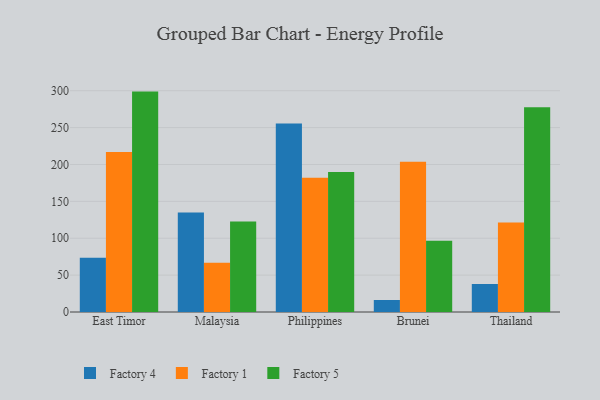
{"axis": {"x": "Country", "y": "Population (Million)"}, "legend": ["Factory 1", "Factory 4", "Factory 5"], "data": [{"x": "East Timor", "y": 73.7, "type": "Factory 4"}, {"x": "East Timor", "y": 216.8, "type": "Factory 1"}, {"x": "East Timor", "y": 298.8, "type": "Factory 5"}, {"x": "Malaysia", "y": 134.8, "type": "Factory 4"}, {"x": "Malaysia", "y": 66.7, "type": "Factory 1"}, {"x": "Malaysia", "y": 122.6, "type": "Factory 5"}, {"x": "Philippines", "y": 255.4, "type": "Factory 4"}, {"x": "Philippines", "y": 182.1, "type": "Factory 1"}, {"x": "Philippines", "y": 189.8, "type": "Factory 5"}, {"x": "Brunei", "y": 16.3, "type": "Factory 4"}, {"x": "Brunei", "y": 203.7, "type": "Factory 1"}, {"x": "Brunei", "y": 96.6, "type": "Factory 5"}, {"x": "Thailand", "y": 38.0, "type": "Factory 4"}, {"x": "Thailand", "y": 121.4, "type": "Factory 1"}, {"x": "Thailand", "y": 277.7, "type": "Factory 5"}]}